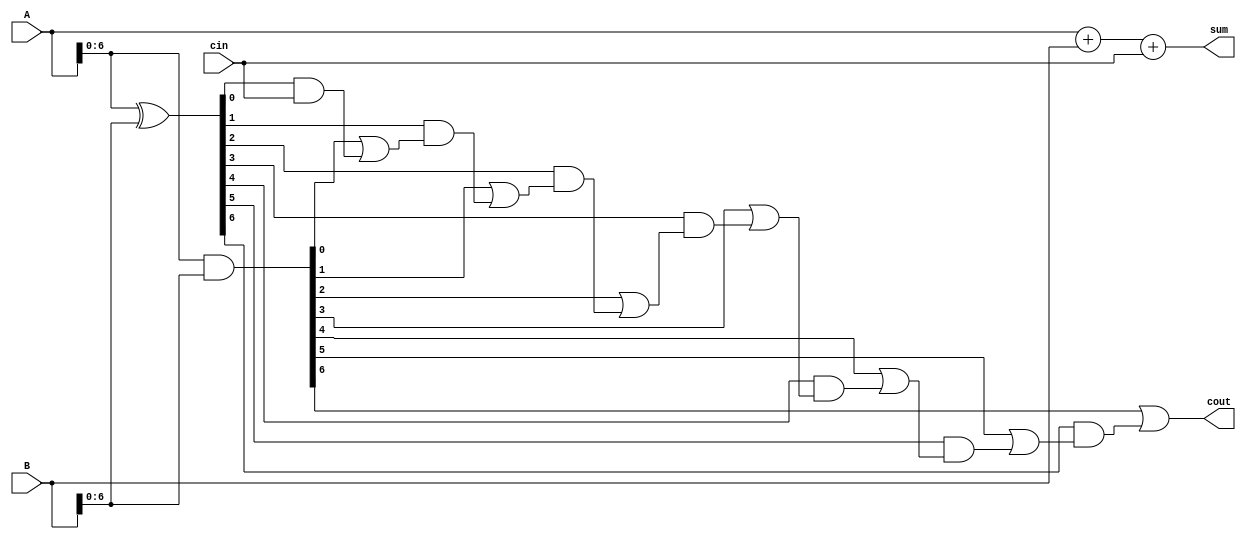
module carry_lookahead_adder (
  input [7:0] A,
  input [7:0] B,
  input cin,
  output [7:0] sum,
  output cout
);

wire [7:0] p, g;
wire [7:0] c;

assign p = A ^ B;
assign g = A & B;

assign c[0] = cin;
assign c[1] = g[0] | (p[0] & c[0]);
assign c[2] = g[1] | (p[1] & c[1]);
assign c[3] = g[2] | (p[2] & c[2]);
assign c[4] = g[3] | (p[3] & c[3]);
assign c[5] = g[4] | (p[4] & c[4]);
assign c[6] = g[5] | (p[5] & c[5]);
assign c[7] = g[6] | (p[6] & c[6]);

assign sum = A + B + cin;
assign cout = c[7];

endmodule